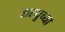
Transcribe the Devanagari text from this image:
शरयूच्या